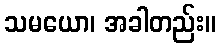
သမယော၊ အခါတည်း။